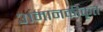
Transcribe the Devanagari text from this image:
३।मानकीकृत